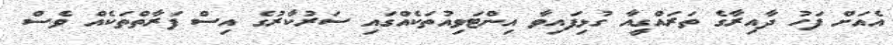
އެއަށް ފަހު ދާއިރާގެ ތަރައްގީއާ ގުޅިފައިވާ އިންޓަވިއުތަކެއްގައި ސަރުކާރުގެ އިސް ފަރާތްތަކެއް ވެސް